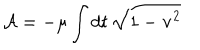
{ \cal A } = - \mu \int d t \, \sqrt { 1 - { \bf v } ^ { 2 } }